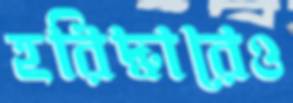
হরিদ্বারেও